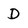
Character: D